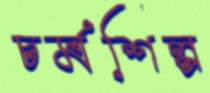
চর্মশিল্প